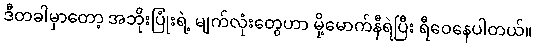
ဒီတခါမှာတော့ အဘိုးပြုံးရဲ့ မျက်လုံးတွေဟာ မို့မောက်နီရဲပြီး ရီဝေနေပါတယ်။